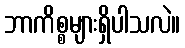
ဘာကိစ္စများရှိပါသလဲ။